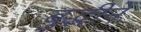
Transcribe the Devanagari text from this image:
बुद्धीनें